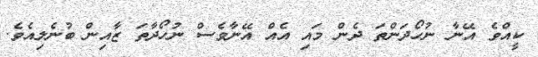
ކީއްވެ އޭނާ ނުހޯދަންތަ ދެން މައި އެއް އޭނާވެސް ނުހޯދާތަ ޒާއިން ބުނެލިއެވެ.